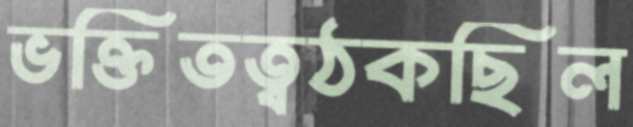
ভক্তিতত্বঠকছিল